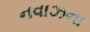
નવાઝના